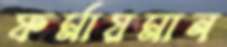
ফর্মায়মান